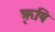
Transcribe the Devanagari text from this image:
ऋृषि